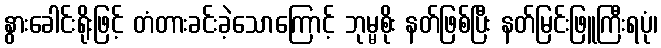
နွားခေါင်းရိုးဖြင့် တံတားခင်းခဲ့သောကြောင့် ဘုမ္မစိုး နတ်ဖြစ်ပြီး နတ်မြင်းဖြူကြီးရပုံ၊